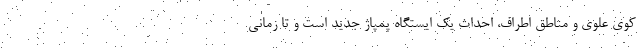
کوی علوی و مناطق اطراف، احداث یک ایستگاه پمپاژ جدید است و تا زمانی